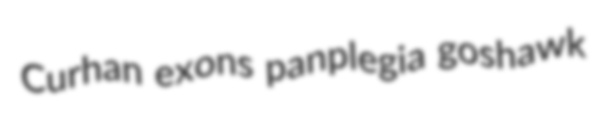
Curhan exons panplegia goshawk